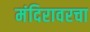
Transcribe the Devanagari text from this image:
मंदिरावरचा